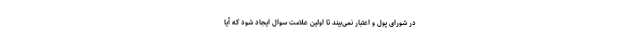
در شورای پول و اعتبار نمی‌بیند تا اولین علامت سوال ایجاد شود که آیا